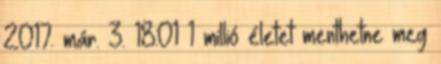
2017. már. 3. 18:01 1 millió életet menthetne meg